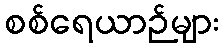
စစ်ရေယာဉ်များ